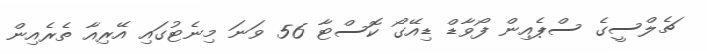
ޗެލްސީގެ ސްޕެއިން ފޯވާޑް ޑިއޭގޯ ކޮސްޓާ 56 ވަނަ މިނެޓުގައި އޭރިއާ ތެރެއިން